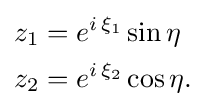
{\begin{aligned}z_{1}&=e^{i\,\xi _{1}}\sin \eta \\z_{2}&=e^{i\,\xi _{2}}\cos \eta .\end{aligned}}